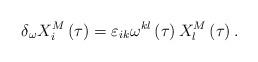
LaTeX: \begin{align*}\delta _\omega X_i^M\left( \tau \right) =\varepsilon _{ik}\omega ^{kl}\left(\tau \right) X_l^M\left( \tau \right) . \end{align*}